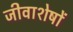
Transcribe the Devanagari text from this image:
जीवाशेषों